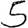
Digit: 5